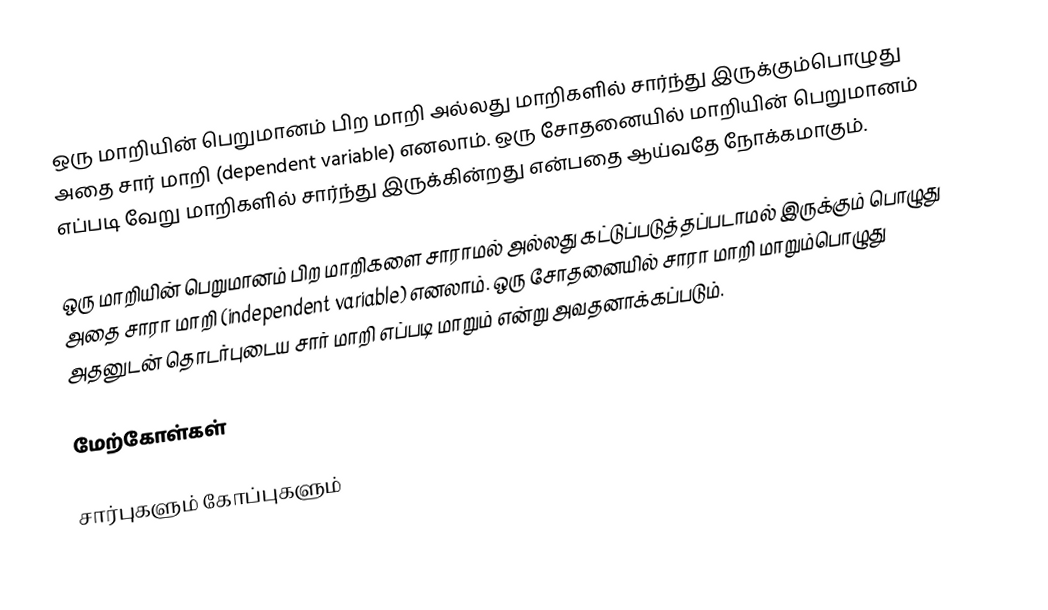
ஒரு மாறியின் பெறுமானம் பிற மாறி அல்லது மாறிகளில் சார்ந்து இருக்கும்பொழுது அதை சார் மாறி (dependent variable) எனலாம்.  ஒரு சோதனையில் மாறியின் பெறுமானம் எப்படி வேறு மாறிகளில் சார்ந்து இருக்கின்றது என்பதை ஆய்வதே நோக்கமாகும்.

ஒரு மாறியின் பெறுமானம் பிற மாறிகளை சாராமல் அல்லது கட்டுப்படுத்தப்படாமல் இருக்கும் பொழுது அதை சாரா மாறி (independent variable) எனலாம்.  ஒரு சோதனையில் சாரா மாறி மாறும்பொழுது அதனுடன் தொடர்புடைய சார் மாறி எப்படி மாறும் என்று அவதனாக்கப்படும்.

மேற்கோள்கள்

சார்புகளும் கோப்புகளும்